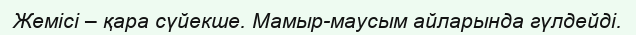
Жемісі – қара сүйекше. Мамыр-маусым айларында гүлдейді.